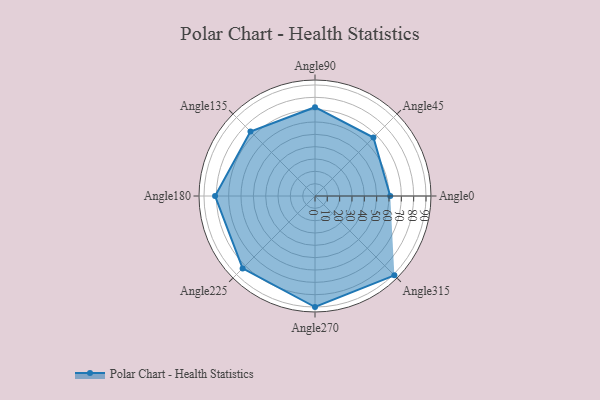
{"axis": {"x": "Angle", "y": "Radius"}, "legend": [""], "data": [{"x": "Angle0", "y": 61.0, "type": ""}, {"x": "Angle45", "y": 67.0, "type": ""}, {"x": "Angle90", "y": 72.0, "type": ""}, {"x": "Angle135", "y": 74.0, "type": ""}, {"x": "Angle180", "y": 81.0, "type": ""}, {"x": "Angle225", "y": 83.0, "type": ""}, {"x": "Angle270", "y": 90.0, "type": ""}, {"x": "Angle315", "y": 91.0, "type": ""}]}